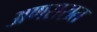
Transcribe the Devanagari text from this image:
अणसरात